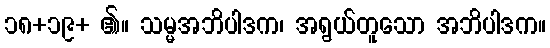
၁၈+၁၉+ ၏။ သမ္မအဘိပါဒက၊ အရွယ်တူသော အဘိပါဒက။